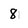
Character: 8